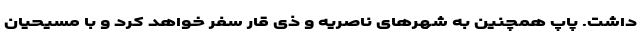
داشت. پاپ همچنین به شهرهای ناصریه و ذی قار سفر خواهد کرد و با مسیحیان